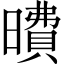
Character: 曊